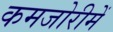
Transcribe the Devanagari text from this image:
कमजोरीमें